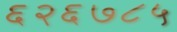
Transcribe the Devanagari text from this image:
६२६७८५